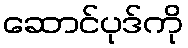
ဆောင်ပုဒ်ကို